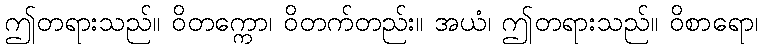
ဤတရားသည်။ ဝိတက္ကော၊ ဝိတက်တည်း။ အယံ၊ ဤတရားသည်။ ဝိစာရော၊